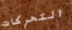
التحركات